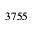
3 7 5 5